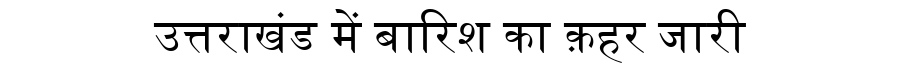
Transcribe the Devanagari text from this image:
उत्तराखंड में बारिश का क़हर जारी